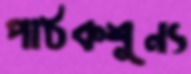
পাঠকশূন্য